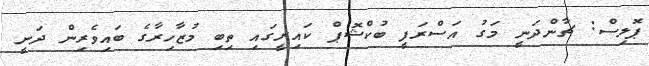
ޕޮލިސް: ޗާންދަނީ މަގު އަސްރަފީ ބުކްޝޮޕް ކައިރީގައި ތިބި މުޒާހިރާގެ ބައިވެރިން ދަނީ